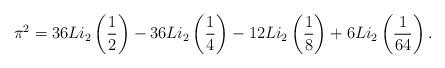
LaTeX: \begin{align*} \pi^2 =36 Li_2\left(\frac{1}{2}\right) -36 Li_2\left(\frac{1}{4}\right) -12 Li_2\left(\frac{1}{8}\right) + 6 Li_2\left(\frac{1}{64}\right). \end{align*}